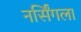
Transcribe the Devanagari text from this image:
नर्सिंगला